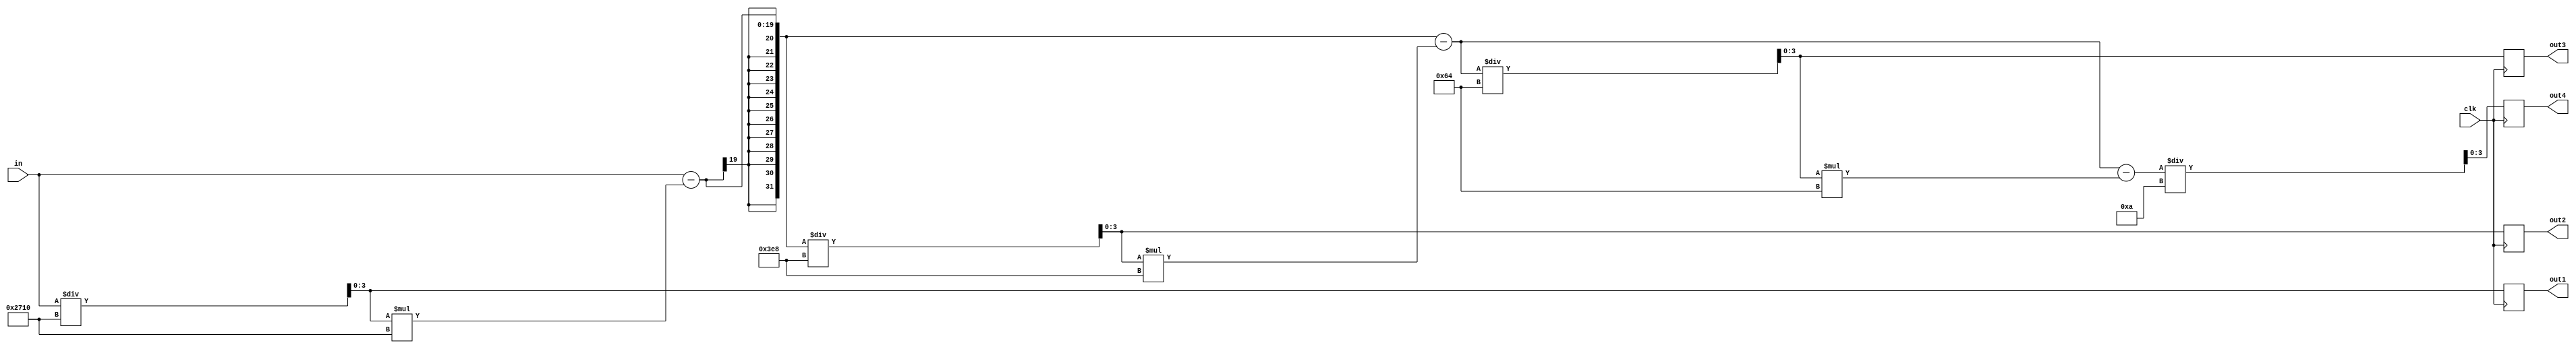
module fenwei1(clk,in,out1,out2,out3,out4);
	input clk;
	input [18:0]in;
	output [3:0]out1,out2,out3,out4; 
	reg  [3:0]out1,out2,out3,out4; 
	
	always@(posedge clk)
		begin
			out1=in/10000;
			out2=(in-out1*10000)/1000;
			out3=(in-out1*10000-out2*1000)/100;
			out4=(in-out1*10000-out2*1000-out3*100)/10;
		end
 endmodule